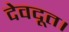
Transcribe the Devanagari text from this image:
देवदूत।